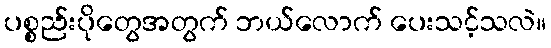
ပစ္စည်းပိုတွေအတွက် ဘယ်လောက် ပေးသင့်သလဲ။